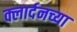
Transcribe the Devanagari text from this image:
क्लार्दनच्या